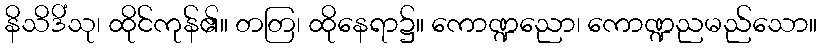
နိသိဒိံသု၊ ထိုင်ကုန်၏။ တတြ၊ ထိုနေရာ၌။ ကောဏ္ဍညော၊ ကောဏ္ဍညမည်သော။